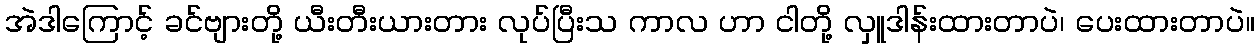
အဲဒါကြောင့် ခင်ဗျားတို့ ယီးတီးယားတား လုပ်ပြီးသ ကာလ ဟာ ငါတို့ လှူဒါန်းထားတာပဲ၊ ပေးထားတာပဲ။